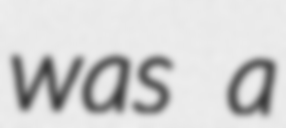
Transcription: was a